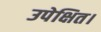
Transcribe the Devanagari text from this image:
उपेक्षित।